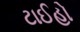
ટાઈહો